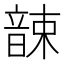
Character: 𩐫